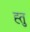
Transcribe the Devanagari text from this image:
ह्तु